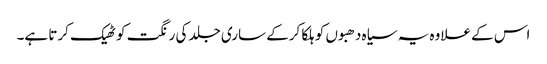
اس کے علاوہ یہ سیاہ دھبوں کو ہلکا کرکے ساری جلد کی رنگت کو ٹھیک کرتا ہے۔